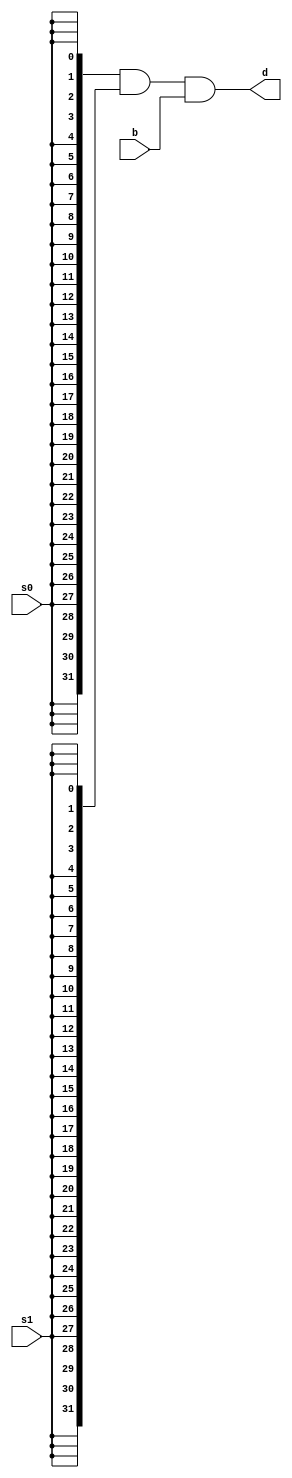
//34
module gate_and3 #(parameter WIDTH = 32)
                 (input s0,
                  input[WIDTH-1:0] b,
                  input s1,
                  output[WIDTH-1:0] d);
    assign d = {WIDTH{s0}} & {WIDTH{s1}} & b;

endmodule
    
module gate_or4 #(parameter WIDTH = 32)
                (input[WIDTH-1:0] a,
                 input[WIDTH-1:0] b,
                 input[WIDTH-1:0] c,
                 input[WIDTH-1:0] d,
                 output[WIDTH-1:0] e);
    assign e = a | b | c | d;
endmodule